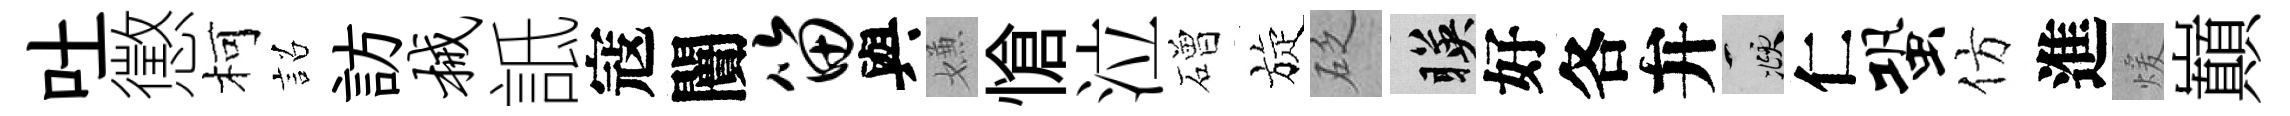
吐懲柯詔訪械詆寇闠笛與嫌愴泣磳旋砭暎好各弁頫仁蛩仿進煖巔